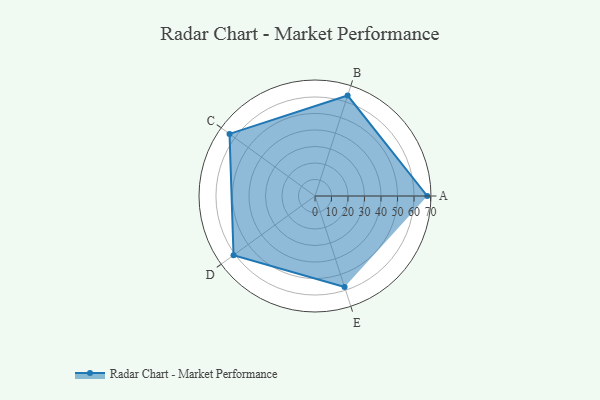
{"axis": {"x": "Skill", "y": "Score"}, "legend": ["Profile"], "data": [{"x": "A", "y": 68.0, "type": "Profile"}, {"x": "B", "y": 64.0, "type": "Profile"}, {"x": "C", "y": 64.0, "type": "Profile"}, {"x": "D", "y": 61.0, "type": "Profile"}, {"x": "E", "y": 58.0, "type": "Profile"}]}